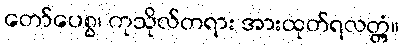
တော်ပေစွ၊ ကုသိုလ်တရား အားထုတ်ရလတ္တံ့။